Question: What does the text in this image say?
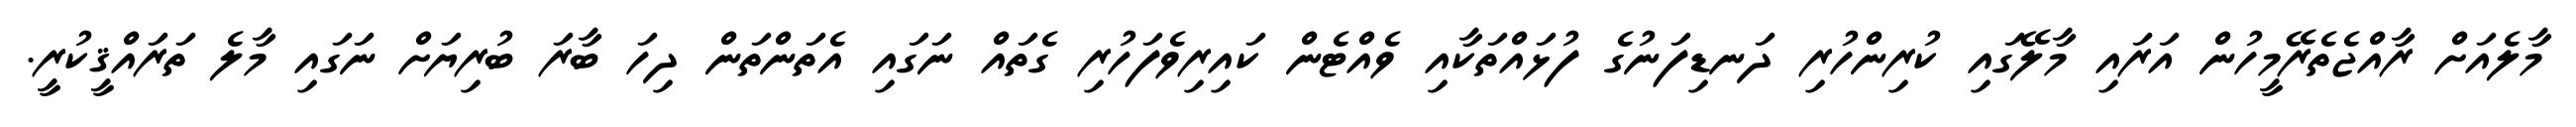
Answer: މާލެއަށް ރާއްޖެތެރޭމީހުން އަރައި މާލޭގައި ކުރިންހުރި ދަނޑިފަނުގެ ފުޅައްތަކާއި ވެއްޓެން ކައިރިވެފަހުރި ގެތައް ނަގައި އެތަންތަން ދިހަ ބާރަ ބުރިޔަށް ނަގައި މާލެ ތަރައްޤީކުރީ.